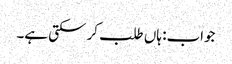
جواب: ہاں طلب کر سکتی ہے۔